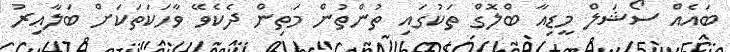
ބައެއް ސޯޝަލް މީޑިއާ ބްލޮގް ތަކުގައި ތުންތުން މަތިން ދެކެވޭ ވާހަކަތަކަށް ބަލާއިރު